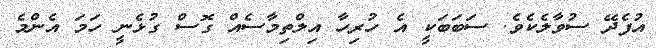
އުފެދޭ ސުވާލެކެވެ. ސަބަބަކީ އެ ހުރިހާ އިލްތިމާސެއް ގޮސް ގުޅެނީ ހަމަ އެންމެ